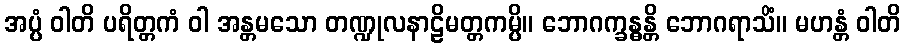
အပ္ပံ ဝါတိ ပရိတ္တကံ ဝါ အန္တမသော တဏ္ဍုလနာဠိမတ္တကမ္ပိ။ ဘောဂက္ခန္ဓန္တိ ဘောဂရာသိံ။ မဟန္တံ ဝါတိ